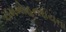
રામમોહનરાયના